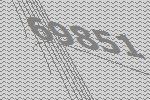
69851